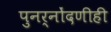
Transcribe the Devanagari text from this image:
पुनर्नोंदणीही